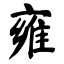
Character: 雍